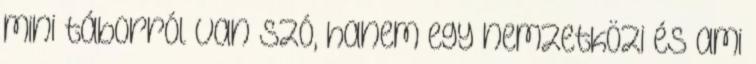
mini táborról van szó, hanem egy nemzetközi és ami